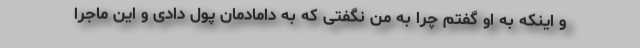
و اینکه به او گفتم چرا به من نگفتی که به دامادمان پول دادی و این ماجرا